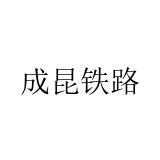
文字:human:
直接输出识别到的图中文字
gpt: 成昆铁路